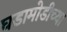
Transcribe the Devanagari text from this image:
घडामोडीच्या